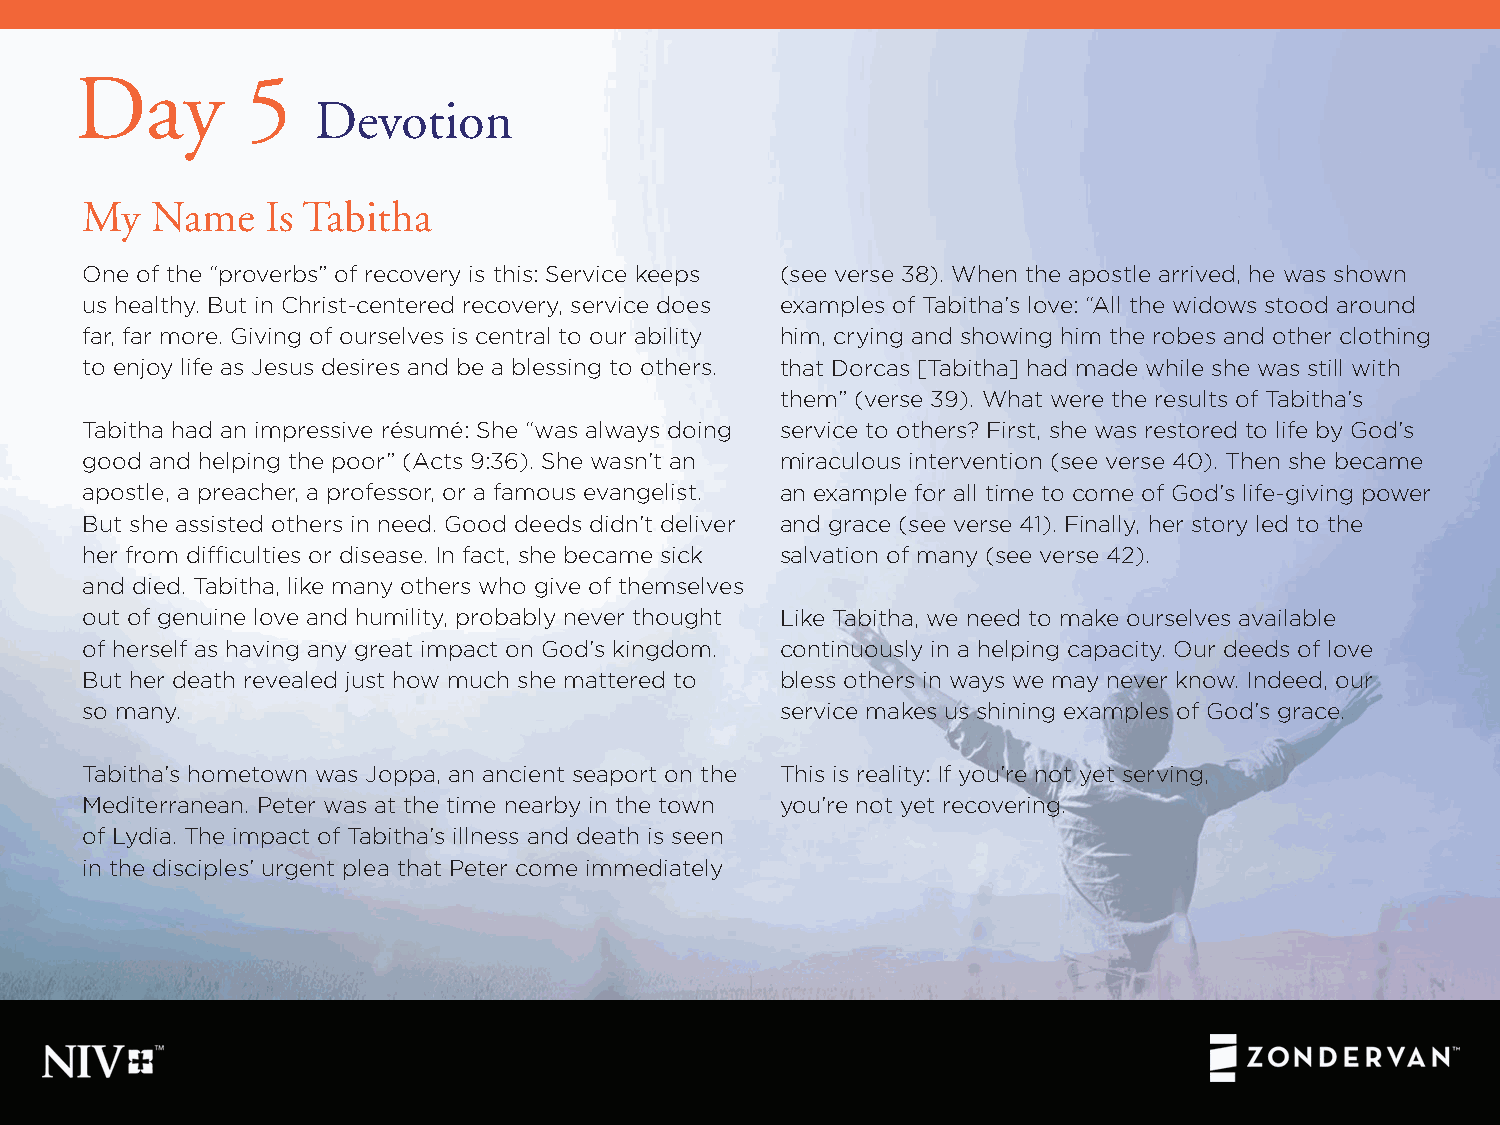
Day        5
 Devotion
 My   Name    Is Tabitha
 One of the “proverbs” of recovery is this: Service keeps (see verse 38). When the apostle arrived, he was shown
 us healthy. But in Christ-centered recovery, service does examples of Tabitha’s love: “All the widows stood around
 far, far more. Giving of ourselves is central to our ability him, crying and showing him the robes and other clothing
 to enjoy life as Jesus desires and be a blessing to others. that Dorcas [Tabitha] had made while she was still with
 them” (verse 39). What were the results of Tabitha’s
 Tabitha had an impressive résumé: She “was always doing service to others? First, she was restored to life by God’s
 good and helping the poor” (Acts 9:36). She wasn’t an miraculous intervention (see verse 40). Then she became
 apostle, a preacher, a professor, or a famous evangelist. an example for all time to come of God’s life-giving power
 But she assisted others in need. Good deeds didn’t deliver and grace (see verse 41). Finally, her story led to the
 her from difficulties or disease. In fact, she became sick salvation of many (see verse 42).
 and died. Tabitha, like many others who give of themselves
 out of genuine love and humility, probably never thought Like Tabitha, we need to make ourselves available
 of herself as having any great impact on God’s kingdom. continuously in a helping capacity. Our deeds of love
 But her death revealed just how much she mattered to bless others in ways we may never know. Indeed, our
 so many.                                       service makes us shining examples of God’s grace.
 Tabitha’s hometown was Joppa, an ancient seaport on the This is reality: If you’re not yet serving,
 Mediterranean. Peter was at the time nearby in the town you’re not yet recovering.
 of Lydia. The impact of Tabitha’s illness and death is seen
 in the disciples’ urgent plea that Peter come immediately